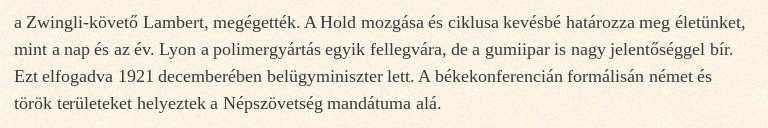
a Zwingli-követő Lambert, megégették. A Hold mozgása és ciklusa kevésbé határozza meg életünket, mint a nap és az év. Lyon a polimergyártás egyik fellegvára, de a gumiipar is nagy jelentőséggel bír. Ezt elfogadva 1921 decemberében belügyminiszter lett. A békekonferencián formálisán német és török területeket helyeztek a Népszövetség mandátuma alá.